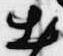
出